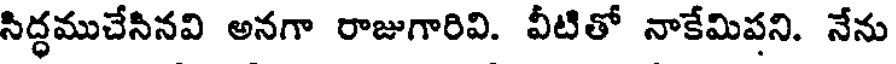
సిద్ధముచేసినవి అనగా రాజుగారివి. వీటితో నాకేమిపని. నేను